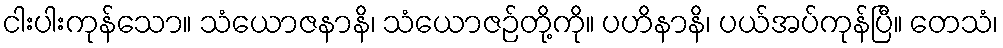
ငါးပါးကုန်သော။ သံယောဇနာနိ၊ သံယောဇဉ်တို့ကို။ ပဟိနာနိ၊ ပယ်အပ်ကုန်ပြီ။ တေသံ၊